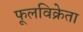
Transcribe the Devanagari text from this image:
फूलविक्रेता